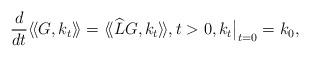
LaTeX: \begin{align*} \frac{d}{d t} \langle\!\langle G, k_t\rangle\!\rangle = \langle\!\langle \widehat{L}G, k_t\rangle\!\rangle, t>0, k_t\bigr|_{t=0}=k_0,\end{align*}